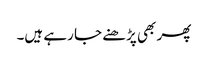
پھر بھی پڑھنے جا رہے ہیں۔